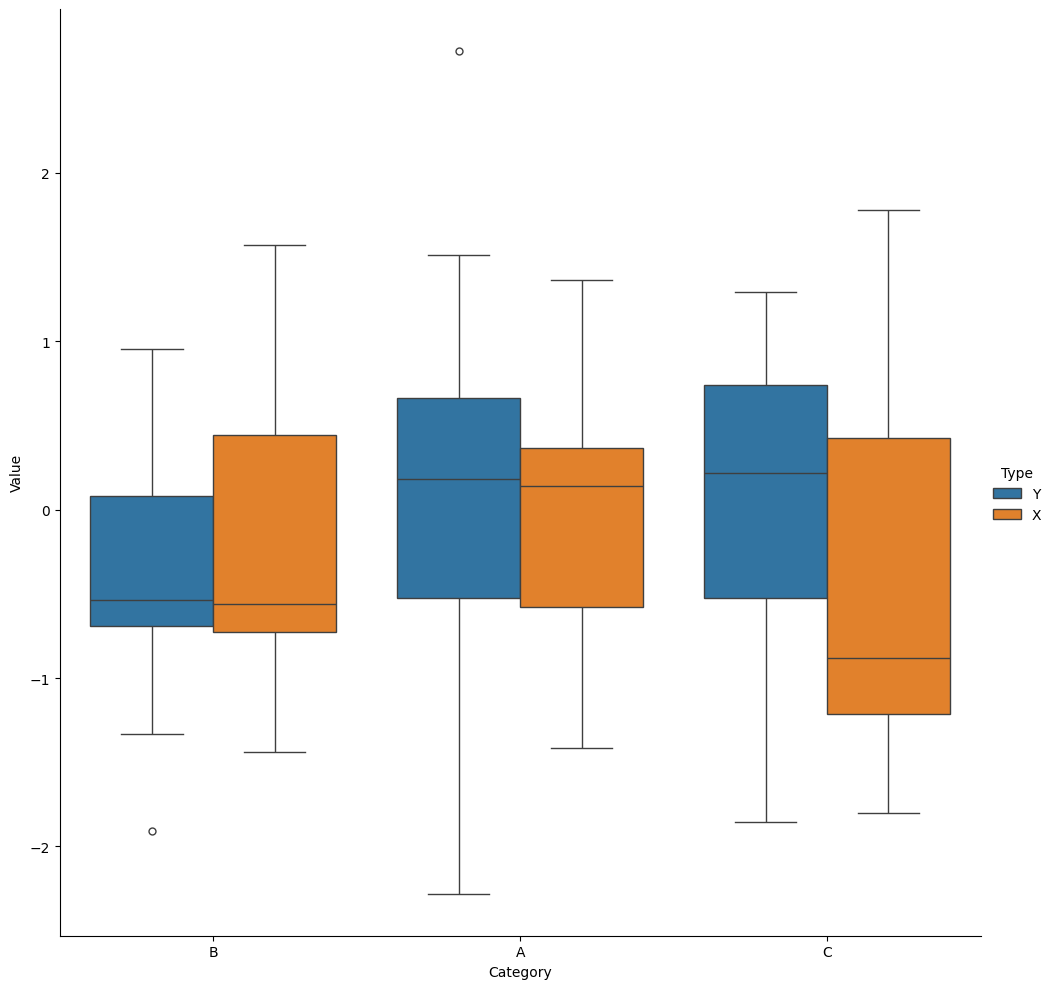
python, seaborn, catplot, kind='box', height=10, aspect=1